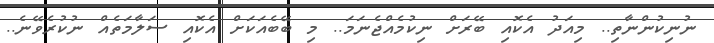
ނުނިކުންނާތި.. މިއަދު އެކޮއި ބޭރަށް ނިކުމެއްޖެނަމަ.. މި ބޭބެއަކަށް އެކޮއި ސަލާމަތެއް ނުކުރެވޭނެ..